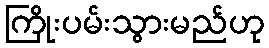
ကြိုးပမ်းသွားမည်ဟု